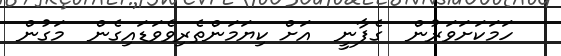
ހަމަކަށަވަރުން  ގެފާނީ  އަށް ކިޔަމަންތެރިވެވަޑައިގެން  މަގުން